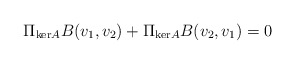
\begin{align*} \Pi_{\mathrm{ker}A} B(v_1,v_2) + \Pi_{\mathrm{ker}A} B(v_2,v_1) = 0 \end{align*}